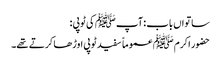
ساتواں باب : آپ ﷺ کی ٹوپی :
حضور اکرم ﷺ عموماً سفید ٹوپی اوڑھا کرتے تھے۔